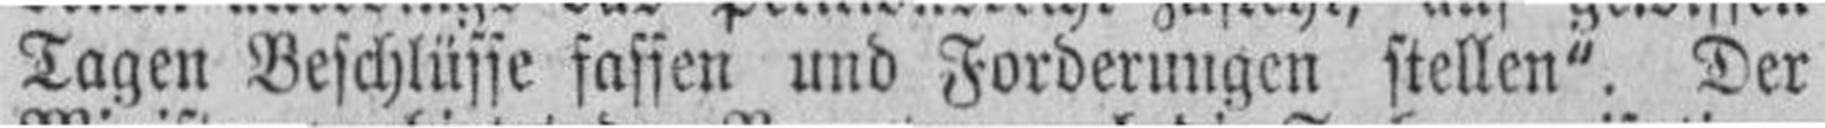
Tagen Beschlüsse fassen und Forderungen stellen" Der